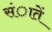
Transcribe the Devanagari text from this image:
संातें